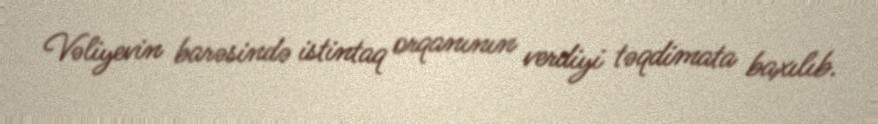
Vəliyevin barəsində istintaq orqanının verdiyi təqdimata baxılıb.